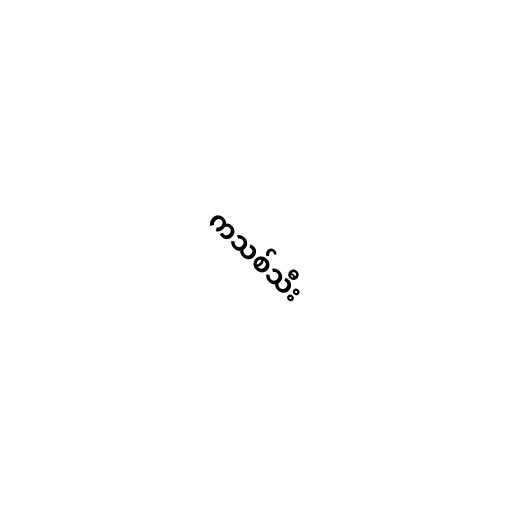
ကသစ်သီး